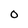
Character: O